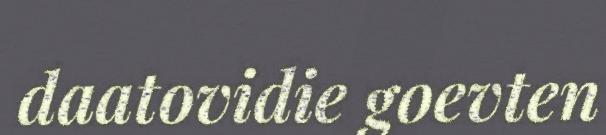
daatovidie goevten